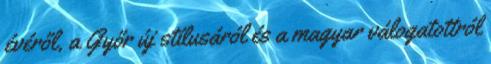
évéről, a Győr új stílusáról és a magyar válogatottról